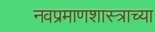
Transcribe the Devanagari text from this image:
नवप्रमाणशास्त्राच्या